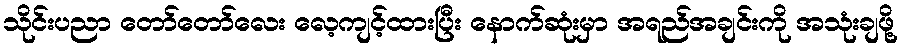
သိုင်းပညာ တော်တော်လေး လေ့ကျင့်ထားပြီး နောက်ဆုံးမှာ အရည်အချင်းကို အသုံးချဖို့